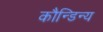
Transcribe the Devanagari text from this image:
कौन्डिन्य